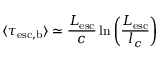
\langle \tau _ { \mathrm { e s c , b } } \rangle \simeq \frac { L _ { \mathrm { e s c } } } { c } \ln { \left( \frac { L _ { \mathrm { e s c } } } { l _ { c } } \right) }